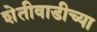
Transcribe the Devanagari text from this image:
शेतीवाडीच्या